Vaccination in Bombay 1863-1868 - 1863-1868
Year: 1863
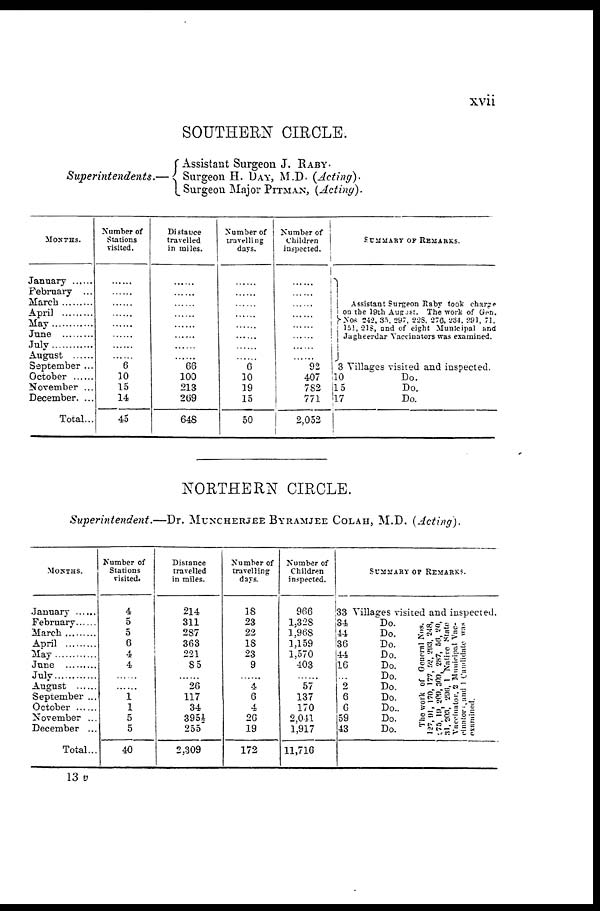
xvii
SOUTHERN CIRCLE.
Superintendents.—
Assistant Surgeon J. RABY.
Surgeon H. DAY, M.D. (Acting).
Surgeon Major PITMAN, (Acting).
MONTHS.
January ......
February ...
March ......
April
May
June .........
July............
August
September ...
October ......
November ...
December. ...
Total...
Number of
Stations
visited.
......
......
......
......
......
......
......
......
6
10
15
14
45
Distance
travelled
in miles.
......
......
......
......
......
......
......
......
66
100
213
269
648
Number of
travelling
days.
......
......
......
......
......
......
......
......
6
10
19
15
50
Number of
Children
inspected.
......
......
......
......
......
......
......
......
92
407
782
771
2,052
SUMMARY OF REMARKS.
Assistant Surgeon Raby took charge
on the 19th August. The work of Gen.
Nos 242,35. 297, 228, 276, 234, 291, 71,
151, 218, and of eight Municipal and
Jagheerdar Vaccinators was examined.
3
10
15
l7
Villages visited and inspected.
Do.
Do.
Do.
NORTHERN CIRCLE.
Superintendent.—Dr. MUNCHERJEE BYRAMJEE COLAH, M.D. (Acting).
MONTHS.
Jannary ......
February
March .........
April .........
May .........
June .........
July ............
August ......
September ...
October ......
November ...
December ...
Total...
Number of
Stations
visited.
4
5
5
6
4
4
......
......
1
1
5
5
40
Distance
travelled
in miles.
214
311
287
363
221
85
......
26
117
34
3954
255
2,309
Number of
travelling
days.
18
23
22
18
23
9
......
4
6
4
26
19
172
Number of
Children
inspected.
966
1,328
1,968
1,159
1,570
403
......
57
137
170
2,041
1,917
11,716
SUMMARY OF REMARKS.
33
34
44
36
44
16
...
2
6
6
59
43
Villages visited and inspected.
Do.
Do.
Do.
Do.
Do.
Do.
Do.
Do.
Do..
Do.
Do.
The work of General Nos.
127,91, 170, 177, 52, 293, 248,
273, 19, 209, 309, 287, 56, 20,
31, 203, 296, 1 Native State
Vaccinator, 2 Municipal Vacci¬
cinators, and 1 Candidate was
examined.
13 v